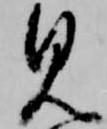
見